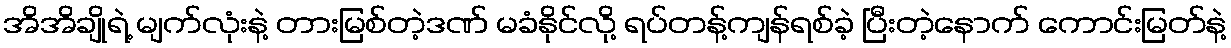
အိအိချိုရဲ့ မျက်လုံးနဲ့ တားမြစ်တဲ့ဒဏ် မခံနိုင်လို့ ရပ်တန့်ကျန်ရစ်ခဲ့ ပြီးတဲ့နောက် ကောင်းမြတ်နဲ့